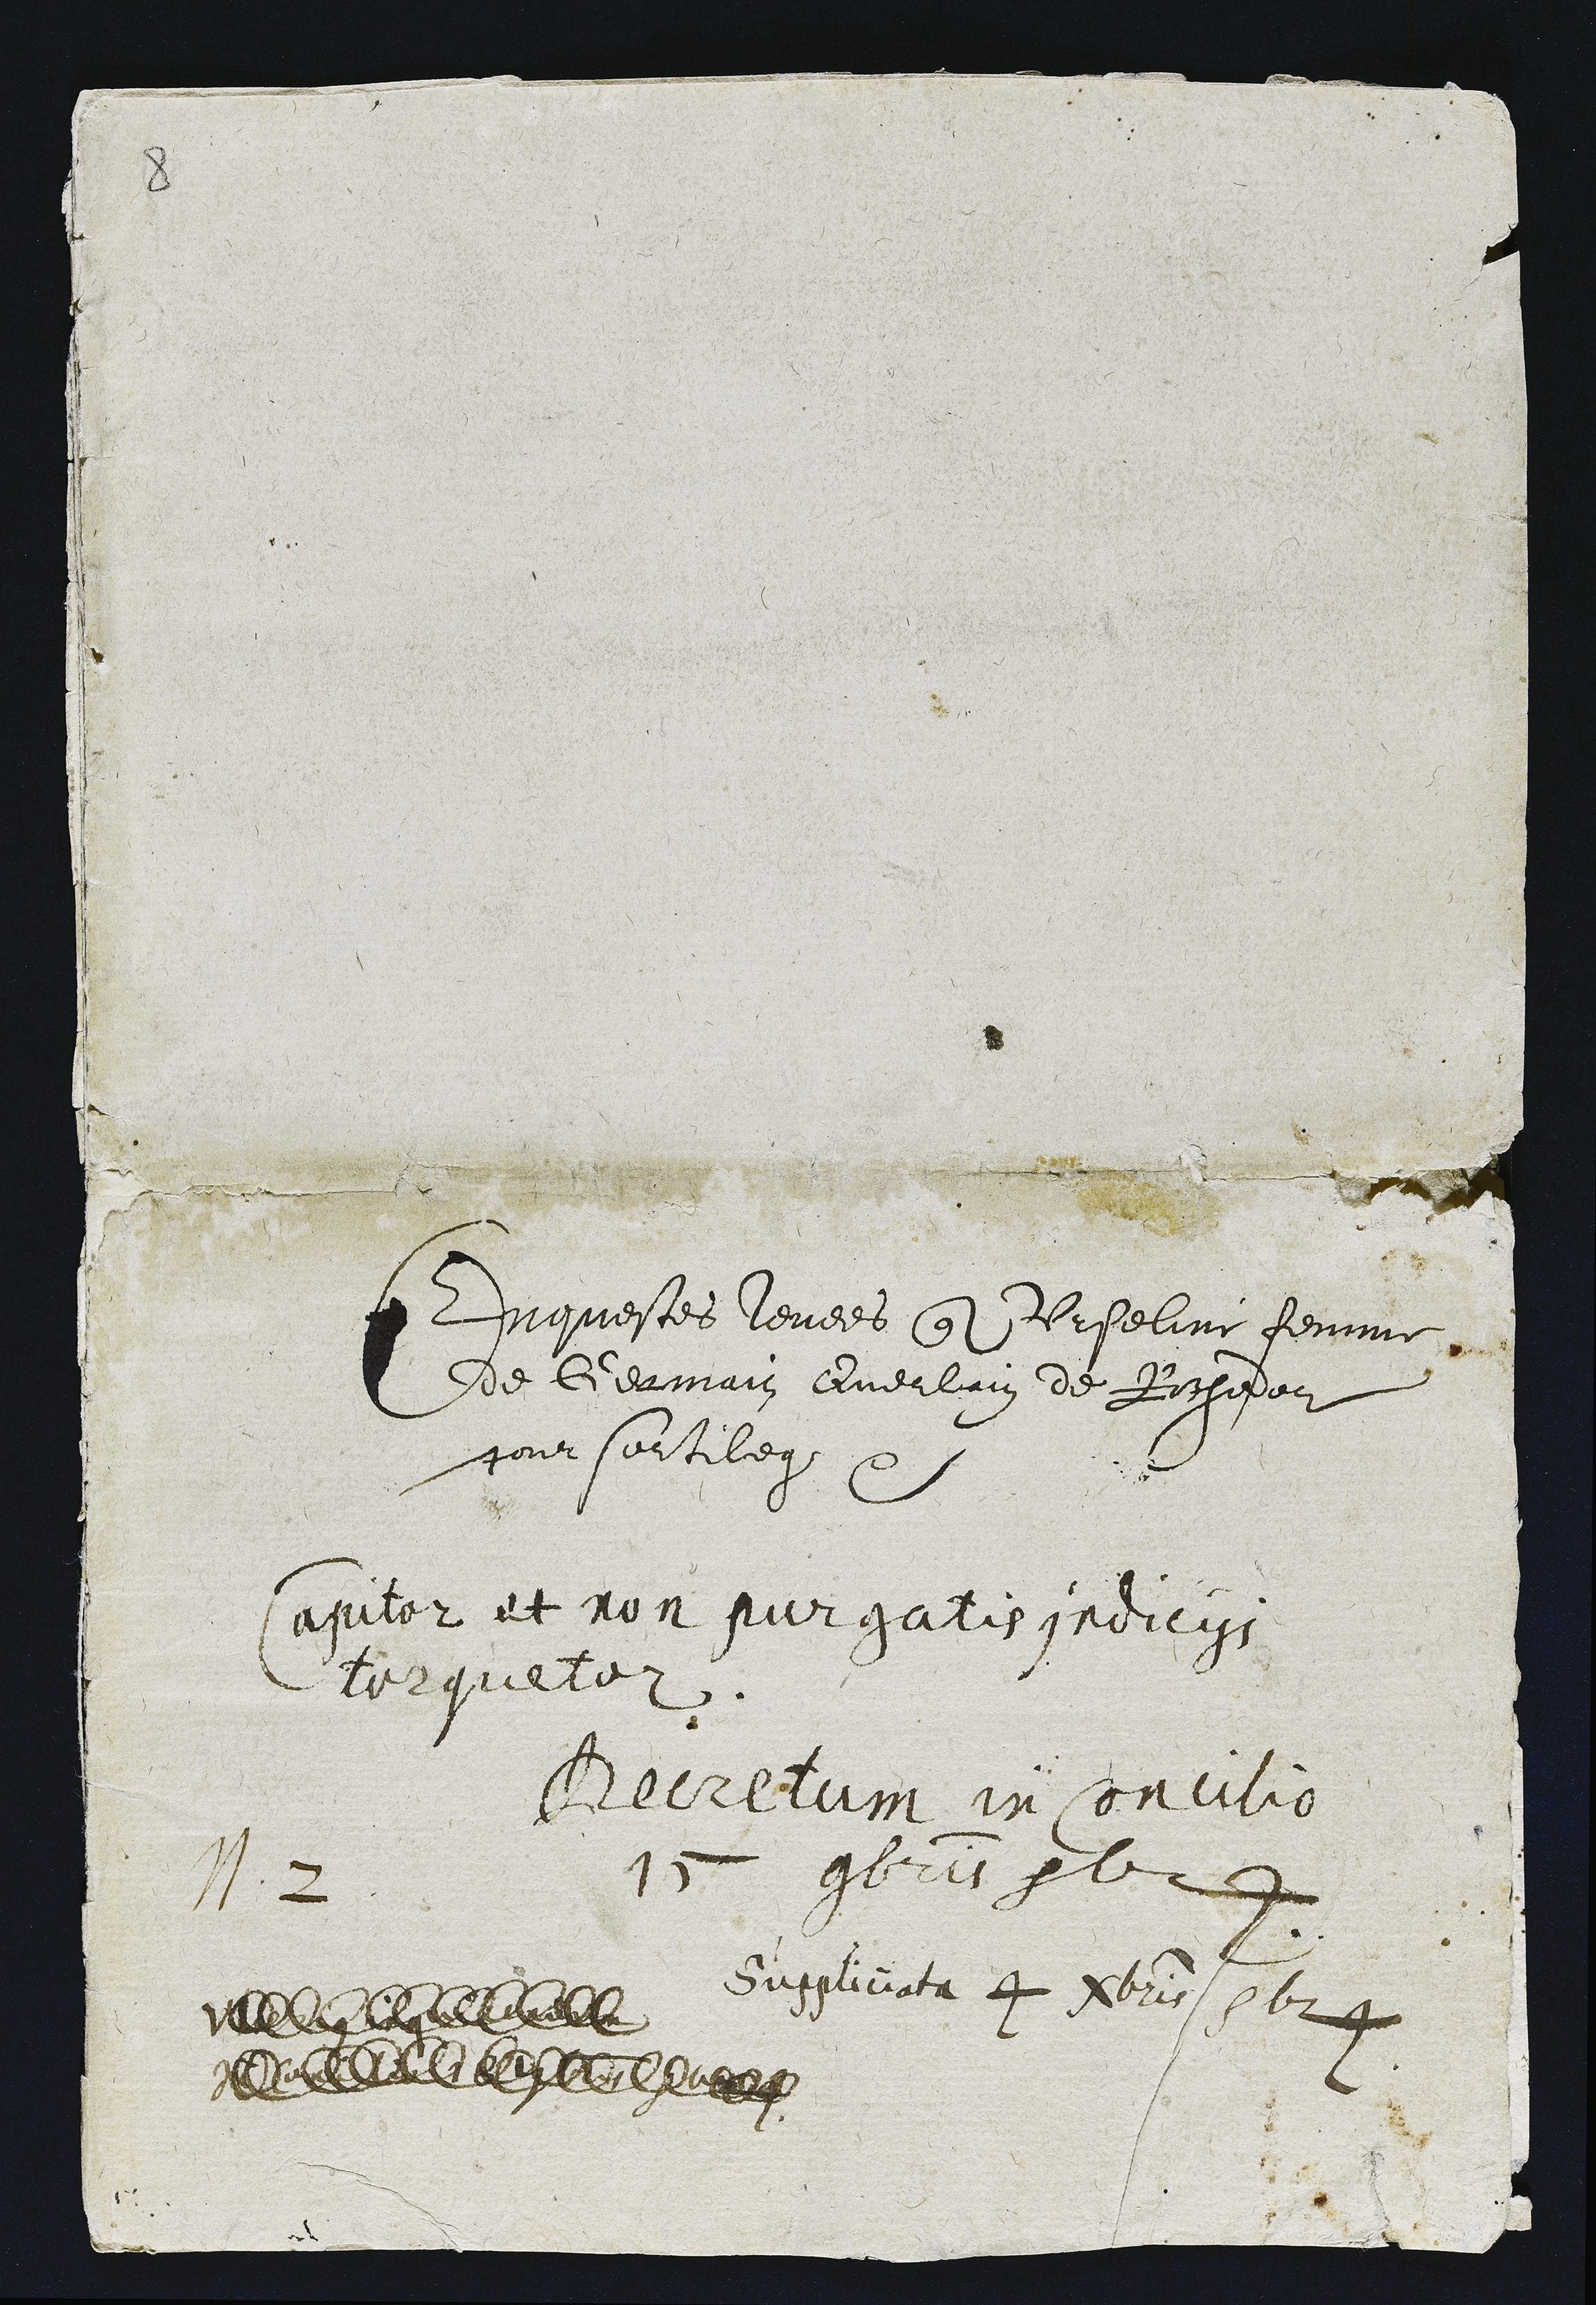
N. 2

Enquestes levees contre Urseline femme
de Germain Querlain de Rochedor
pour sortilege etc

Capitor et non purgatis indiciis
torquetur.

Decretum in Concilio
15 9bris 1624.

Suppliciata 4 Xbris 1624